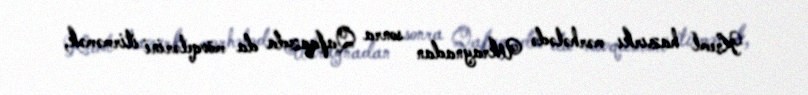
Kreml hazırkı mərhələdə Ukraynadan sonra Qafqazda da mövqelərini itirməmək,